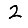
Digit: 2